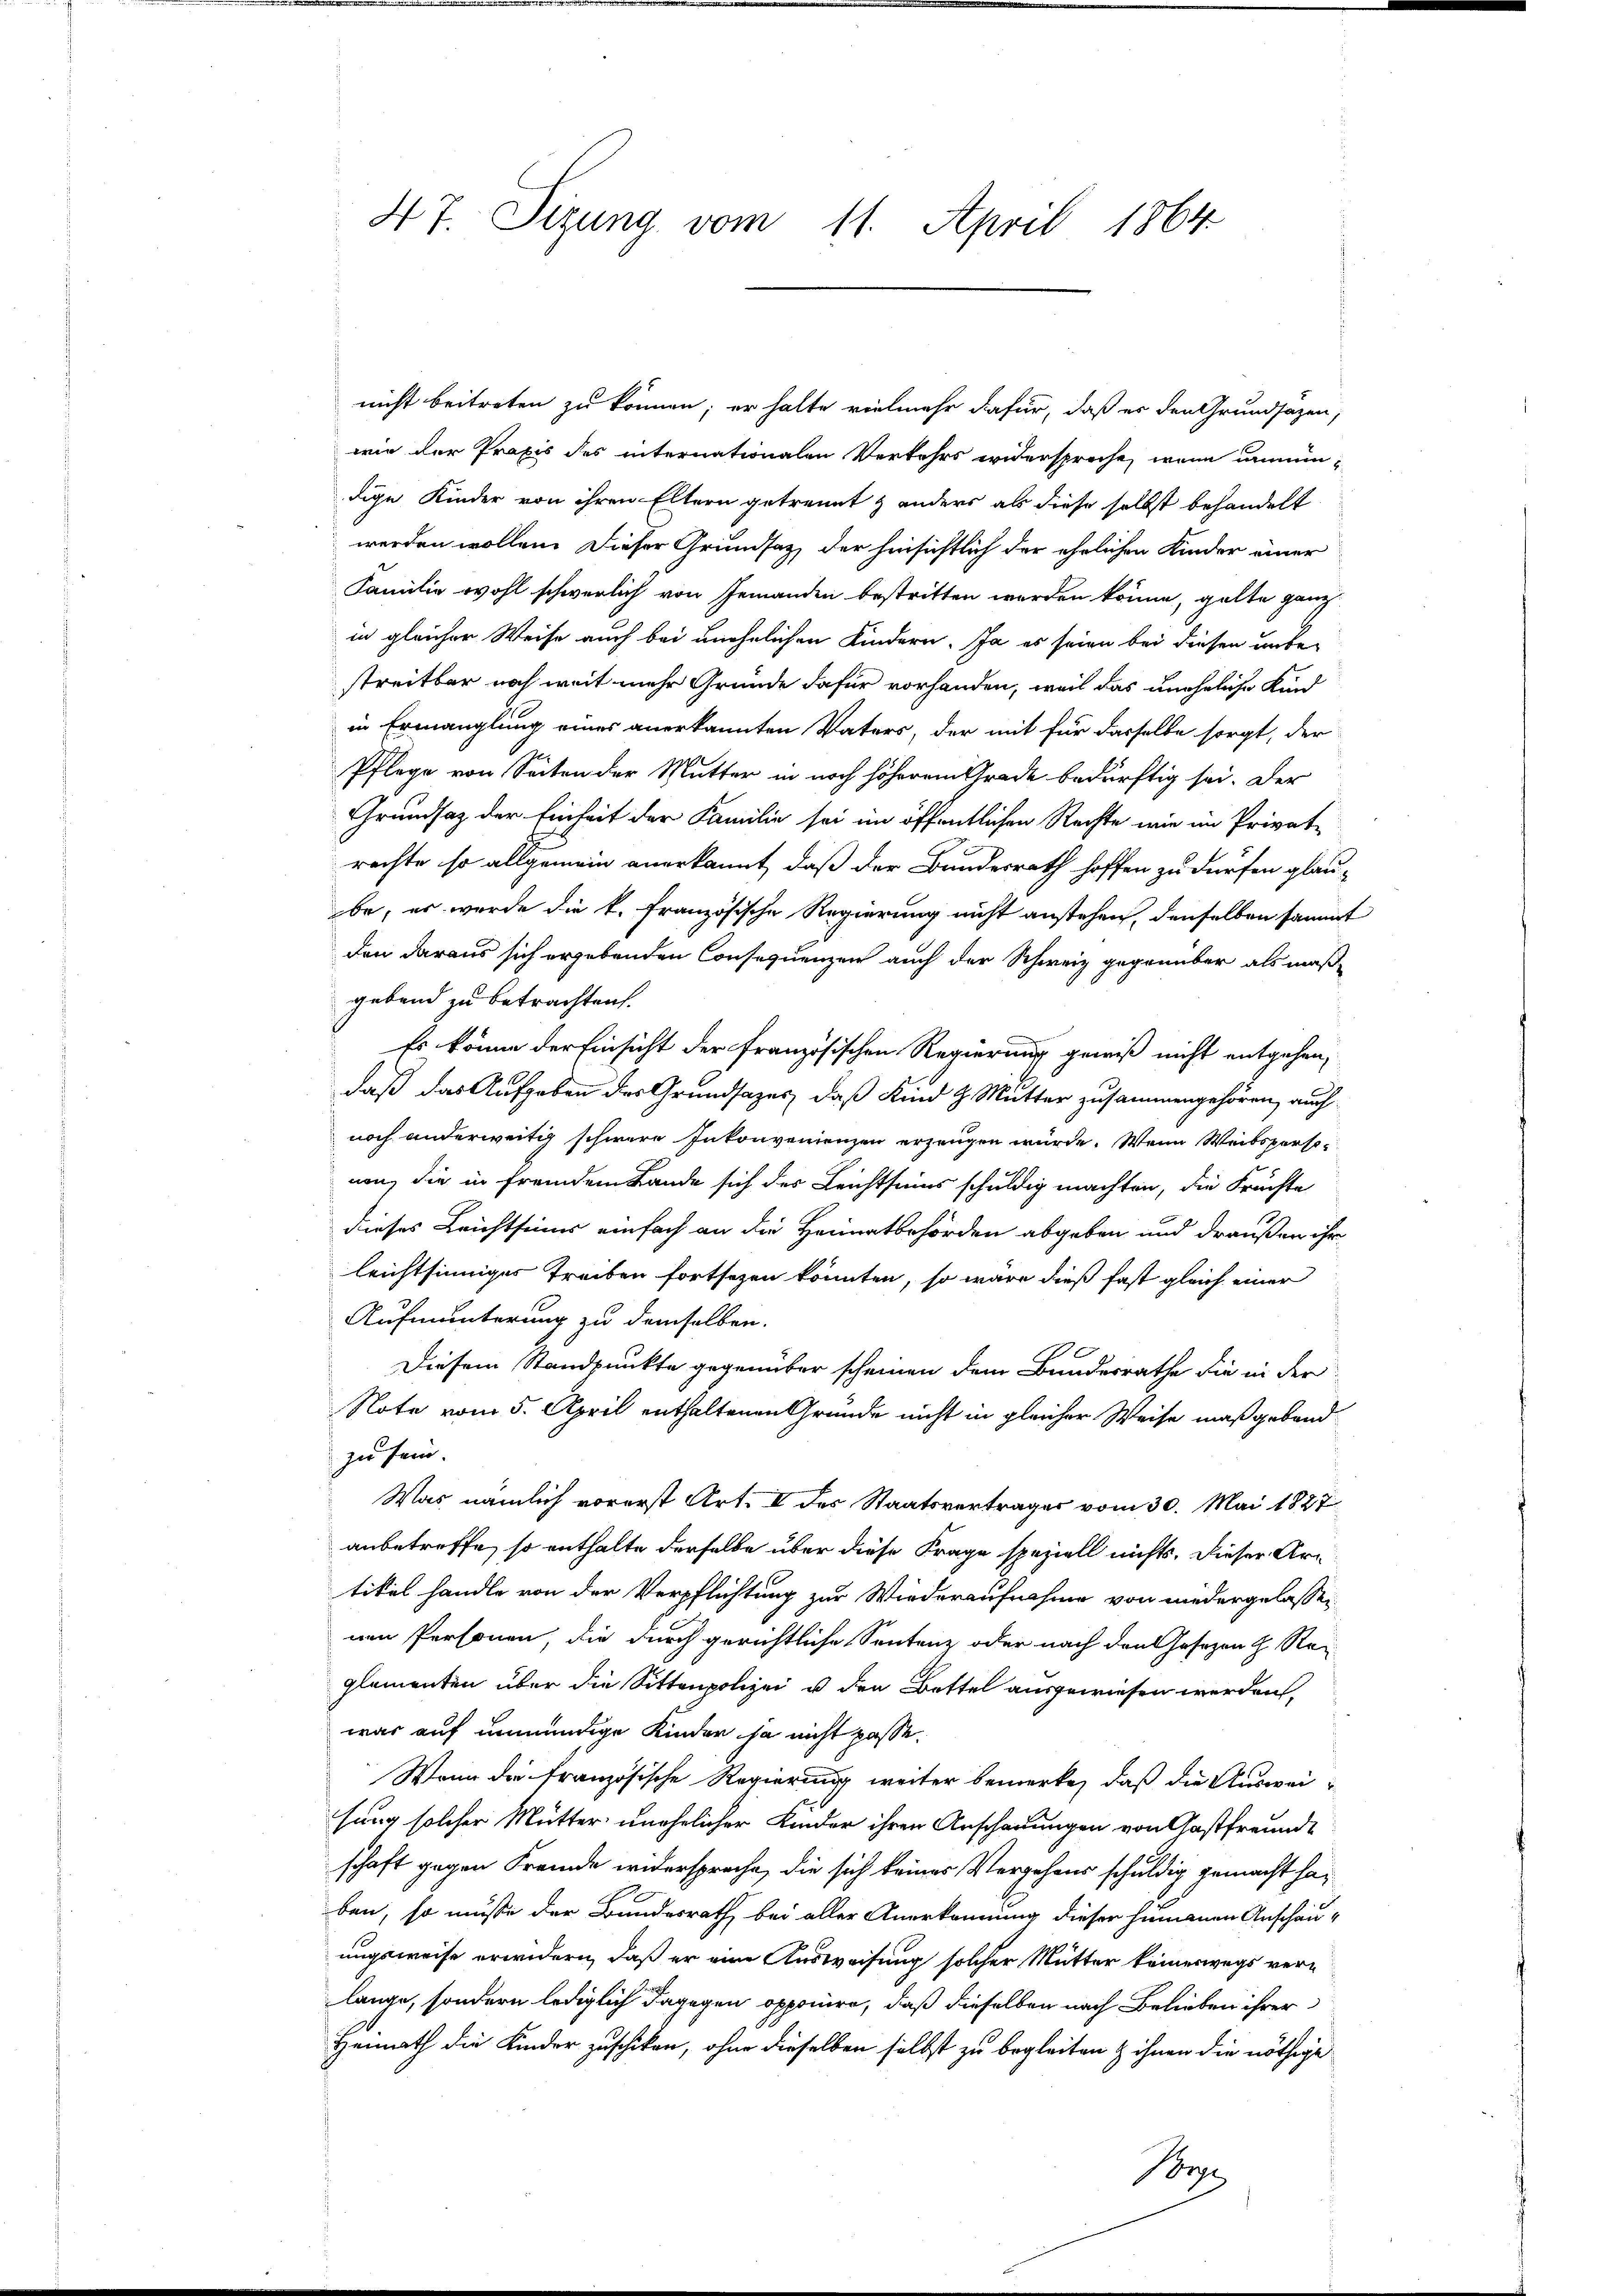
47. Sizung vom 11. April 1864

nicht beitreten zu können; er halte vielmehr dafür, daß es den Grundsazen,
wie der Praxis des internationalen Verkehrs widerspreche, wenn unmündige Kinder von ihren Eltern getrennt z anders als diese selbst behandelt
werden wollen. Dieser Grundsatz, der hinsichtlich der ehrlichen Kinder einer
Familie wohl schwerlich von Jemanden bestritten werden könne, gelte ganz
in gleicher Weise auch bei unehelichen Kindern. Ja es seien bei diesen unbe-
streitbar noch weit mehr Gründe dafür vorhanden, weil das uneheliche Kind
in Ermanglung eines anerkannten Vaters, der mit für dasselbe sorgt, der
Pflege von Seiten der Mutter in noch höherem Grade bedürftig sei. Der
Grundsatz der Einheit der Familie sei im öffentlichen Rechte wie im Privat-
rechte so allgemein anerkannt, daß der Bundesrath hoffen zu dürfen glau-
be, er wurde die k. französische Regierung nicht anstehen, denselben sammt
den daraus sich ergebenden Consequenzen auch der Schweiz gegenüber als maß-
gebend zu betrachten.
Es könne der Einsicht der französischen Regierung gewiß nicht entgehen,
daß das Aufgaben der Grundsazes, daß Kind H. Mutter zusammengehören, auch
noch anderweitig schwere Inkonvenienzen erzeugen würde. Wenn Weibspersonon, die in fremdem Lande sich der Leichtseins schuldig machten, die Fruchte
dieses Leichtsinns einfach an die Heimatbehörden abgeben und draußen ihr
leichtsinniges Treiben fortsetzen könnten, so wäre dieß fast gleich einer
Aufmunterung zu demselben.
Diesem Standpunkte gegenüber scheinen dem Bandesrathe die in der
Note vom 5. April enthaltenen Gründe nicht in gleicher Weise maßgebend
zu sein.
Was nämlich vorerst Art. I des Staatsvertrages vom 30. Mai 1827
anbetreffe, so enthalte derselbe über diese Frage speziell nichts, dieser Artikel handle von der Verpflichtung zur Wiederaufnahme von niedergelassen
nen Personen, die durch gerichtliche Sentenz oder nach den Gesezen h. Rei
glementen über die Sittenpolizei u den Bettel ausgewiesen werden,
war auf immendige Kinder ja nicht passe.
Wenn die französische Regierung weiter bemerke, daß die Ausweisung solcher Mutter unehelicher Kinder ihren Anschauungen von Gastfreunde
schaft gegen Fremde widerspreche, die sich keines Vergehens schuldig gemacht haben, so müsse der Bundesrath bei aller Anerkennung dieser humanen Anschauungsweise erwidern, daß er eine Ausweisung solcher Mutter keineswegs ver-
lange, sondern lediglich dagegen opponire, daß dieselben nach Belieben ihrer
Heimath die Kinder zuschiken, ohne dieselben selbst zu begleiten & ihnen die nöthige
Por